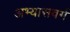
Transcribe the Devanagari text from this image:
अभ्यासवर्ग